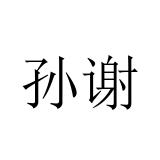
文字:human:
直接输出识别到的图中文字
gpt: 孙谢